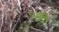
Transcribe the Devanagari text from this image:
पडी़